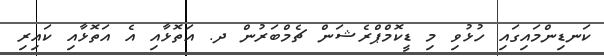
ކަނޑިންމައިގައި ހުޅުވި މި ޑީކޮމްޕްރެޝަން ޗެމްބަރުން ދ. އަތޮޅާއި އެ އަތޮޅާއި ކައިރި